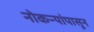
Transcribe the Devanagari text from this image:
नोकऱ्यांपासून